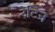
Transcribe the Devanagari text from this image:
रेटिन